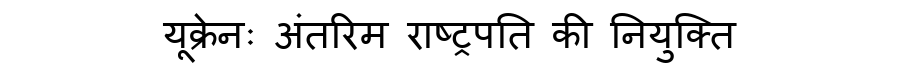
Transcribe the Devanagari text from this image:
यूक्रेनः अंतरिम राष्ट्रपति की नियुक्ति